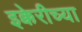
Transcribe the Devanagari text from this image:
इक्केरीच्या